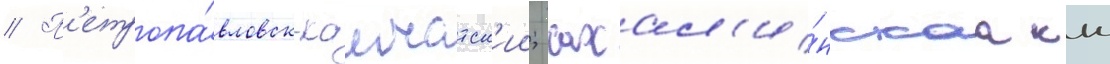
// П'етропа́вловск-камчатск'ии; сахал'и́нскаа ккс